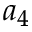
a _ { 4 }